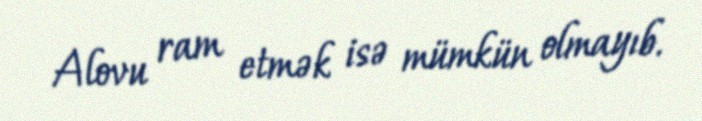
Alovu ram etmək isə mümkün olmayıb.